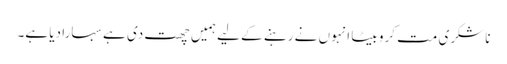
ناشکری مت کرو بیٹا انہوں نے رہنے کے لیے ہمیں چھت دی ہے سہارا دیا ہے۔